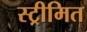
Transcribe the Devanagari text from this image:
स्ट्रीमित